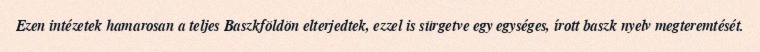
Ezen intézetek hamarosan a teljes Baszkföldön elterjedtek, ezzel is sürgetve egy egységes, írott baszk nyelv megteremtését.